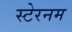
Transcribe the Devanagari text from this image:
स्टेरनम